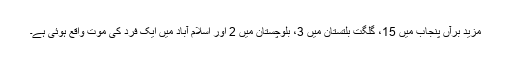
مزید برآں پنجاب میں 15، گلگت بلتستان میں 3، بلوچستان میں 2 اور اسلام آباد میں ایک فرد کی موت واقع ہوئی ہے۔